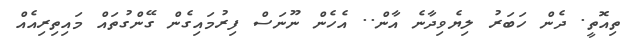
ތިއޮތީ. ދެން ހަބަރު ލިޔެވިދާނެ އާން.. އެހެން ނޫނަސް ފިރުމައިގެން ގޭންގުތައް މައިތިރިއެއް